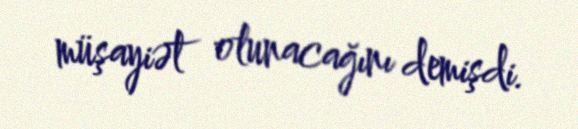
müşayiət olunacağını demişdi.